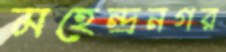
মহেন্দ্রনগর